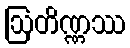
ဩတိဏ္ဏဿ